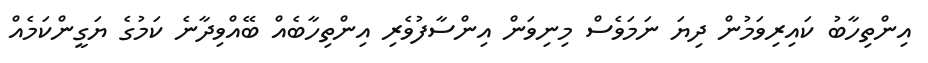
އިންތިހާބު ކައިރިވަމުން ދިޔަ ނަމަވެސް މިނިވަން އިންސާފުވެރި އިންތިހާބެއް ބޭއްވިދާނެ ކަމުގެ ޔަގީންކަމެއް